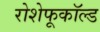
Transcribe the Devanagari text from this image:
रोशेफूकॉल्ड